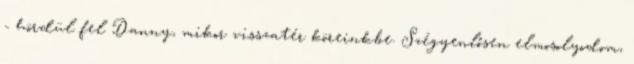
- hördül fel Danny, mikor visszatér köreinkbe. Szégyenlősen elmosolyodom,